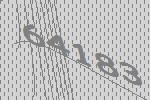
64183